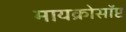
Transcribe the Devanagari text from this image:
मायक्रोसॉप्ट